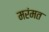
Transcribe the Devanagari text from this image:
मरंमत